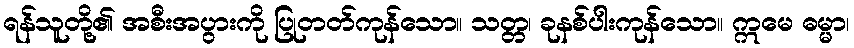
ရန်သူတို့၏ အစီးအပွားကို ပြုတတ်ကုန်သော။ သတ္တ၊ ခုနစ်ပါးကုန်သော။ ဣမေ ဓမ္မာ၊